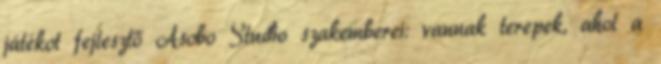
játékot fejlesztő Asobo Studio szakemberei: vannak terepek, ahol a